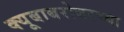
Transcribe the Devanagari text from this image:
क्यूबाबरोबरच्या